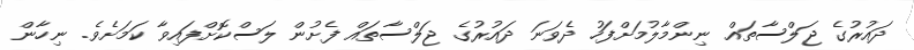
ދައުރުގެ ޖަލްސާތައް ނިންމާލުމަށްފަހު ދެވަނަ ދައުރުގެ ޖަލްސާތައް ފެށުން ލަސްކޮށްފައިވާ ކަމަށެވެ. ނިހާން